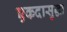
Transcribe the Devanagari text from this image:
एकदासुद्धा